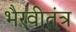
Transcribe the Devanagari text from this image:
भैरवीतंत्र